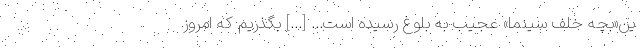
ین«بچه خلف سینما» عجیب به بلوغ رسیده است... [...] بگذریم که امروز